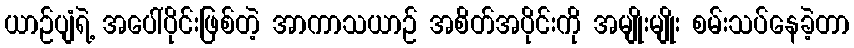
ယာဉ်ပျံရဲ့ အပေါ်ပိုင်းဖြစ်တဲ့ အာကာသယာဉ် အစိတ်အပိုင်းကို အမျိုးမျိုး စမ်းသပ်နေခဲ့တာ